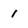
Character: 1